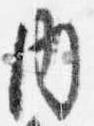
内